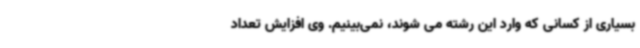
بسیاری از کسانی که وارد این رشته می شوند، نمی‌بینیم. وی افزایش تعداد